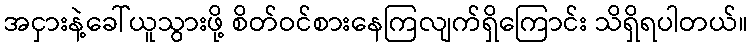
အငှားနဲ့ခေါ်ယူသွားဖို့ စိတ်ဝင်စားနေကြလျက်ရှိကြောင်း သိရှိရပါတယ်။